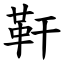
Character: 靬